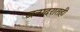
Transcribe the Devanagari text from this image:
जन्मदरातही